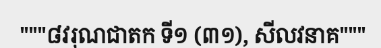
"""៨វរុណជាតក ទី១ (៣១), សីលវនាគ"""